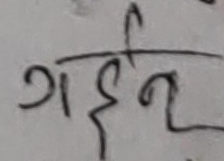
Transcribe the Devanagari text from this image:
गर्ईन